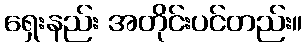
ရှေးနည်း အတိုင်းပင်တည်း။